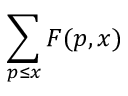
\sum _ { p \leq x } F ( p , x )